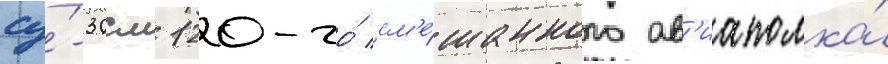
су́-30см 120-го́ см'е́шанного ав'иаполка́